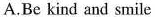
A.Be kind and smile